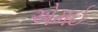
એમઈ